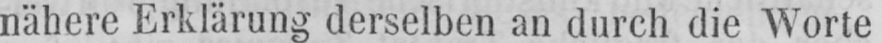
nähere Erklärung derselben an durch die Worte